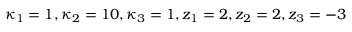
\kappa _ { 1 } = 1 , \kappa _ { 2 } = 1 0 , \kappa _ { 3 } = 1 , z _ { 1 } = 2 , z _ { 2 } = 2 , z _ { 3 } = - 3